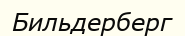
Бильдерберг